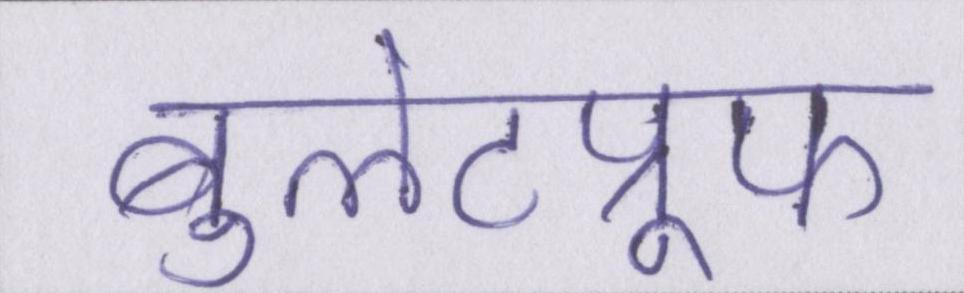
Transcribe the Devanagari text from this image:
बुलेटप्रूफ